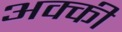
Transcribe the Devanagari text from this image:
अक्की